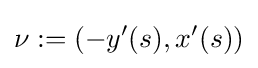
\nu :=\left(-y'(s),x'(s)\right)